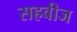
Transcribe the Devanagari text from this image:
सहवीज